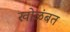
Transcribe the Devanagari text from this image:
खोळंबत